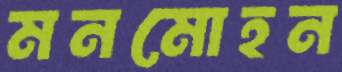
মনমোহন